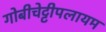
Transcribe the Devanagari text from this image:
गोबीचेट्टीपलायम